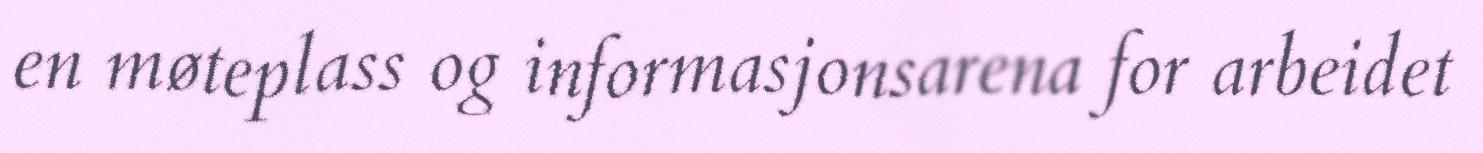
en møteplass og informasjonsarena for arbeidet